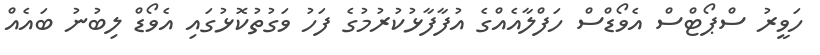
ހަވީރު ސްޕޯޓްސް އެވޯޑްސް ހަފްލާއެއްގެ އުފާފާޅުކުރުމުގެ ފަހު ވަގުތުކޮޅުގައި އެވޯޑް ލިބުނު ބައެއް